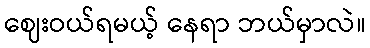
ဈေးဝယ်ရမယ့် နေရာ ဘယ်မှာလဲ။